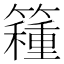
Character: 𥵾